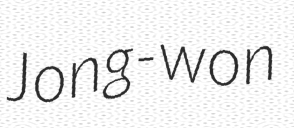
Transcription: Jong-won